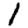
Digit: 1